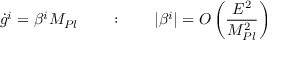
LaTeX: { \dot { g } } ^ { i } = \beta ^ { i } M _ { P l } \qquad : \qquad | \beta ^ { i } | = { \cal O } \left( \frac { E ^ { 2 } } { M _ { P l } ^ { 2 } } \right)